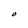
Character: O